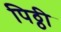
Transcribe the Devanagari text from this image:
पिठ्ठी